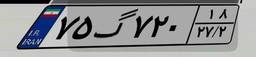
۱۲گ۱۱۱۱۱